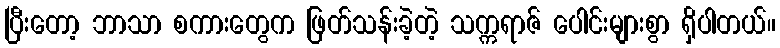
ပြီးတော့ ဘာသာ စကားတွေက ဖြတ်သန်းခဲ့တဲ့ သက္ကရာဇ် ပေါင်းများစွာ ရှိပါတယ်။